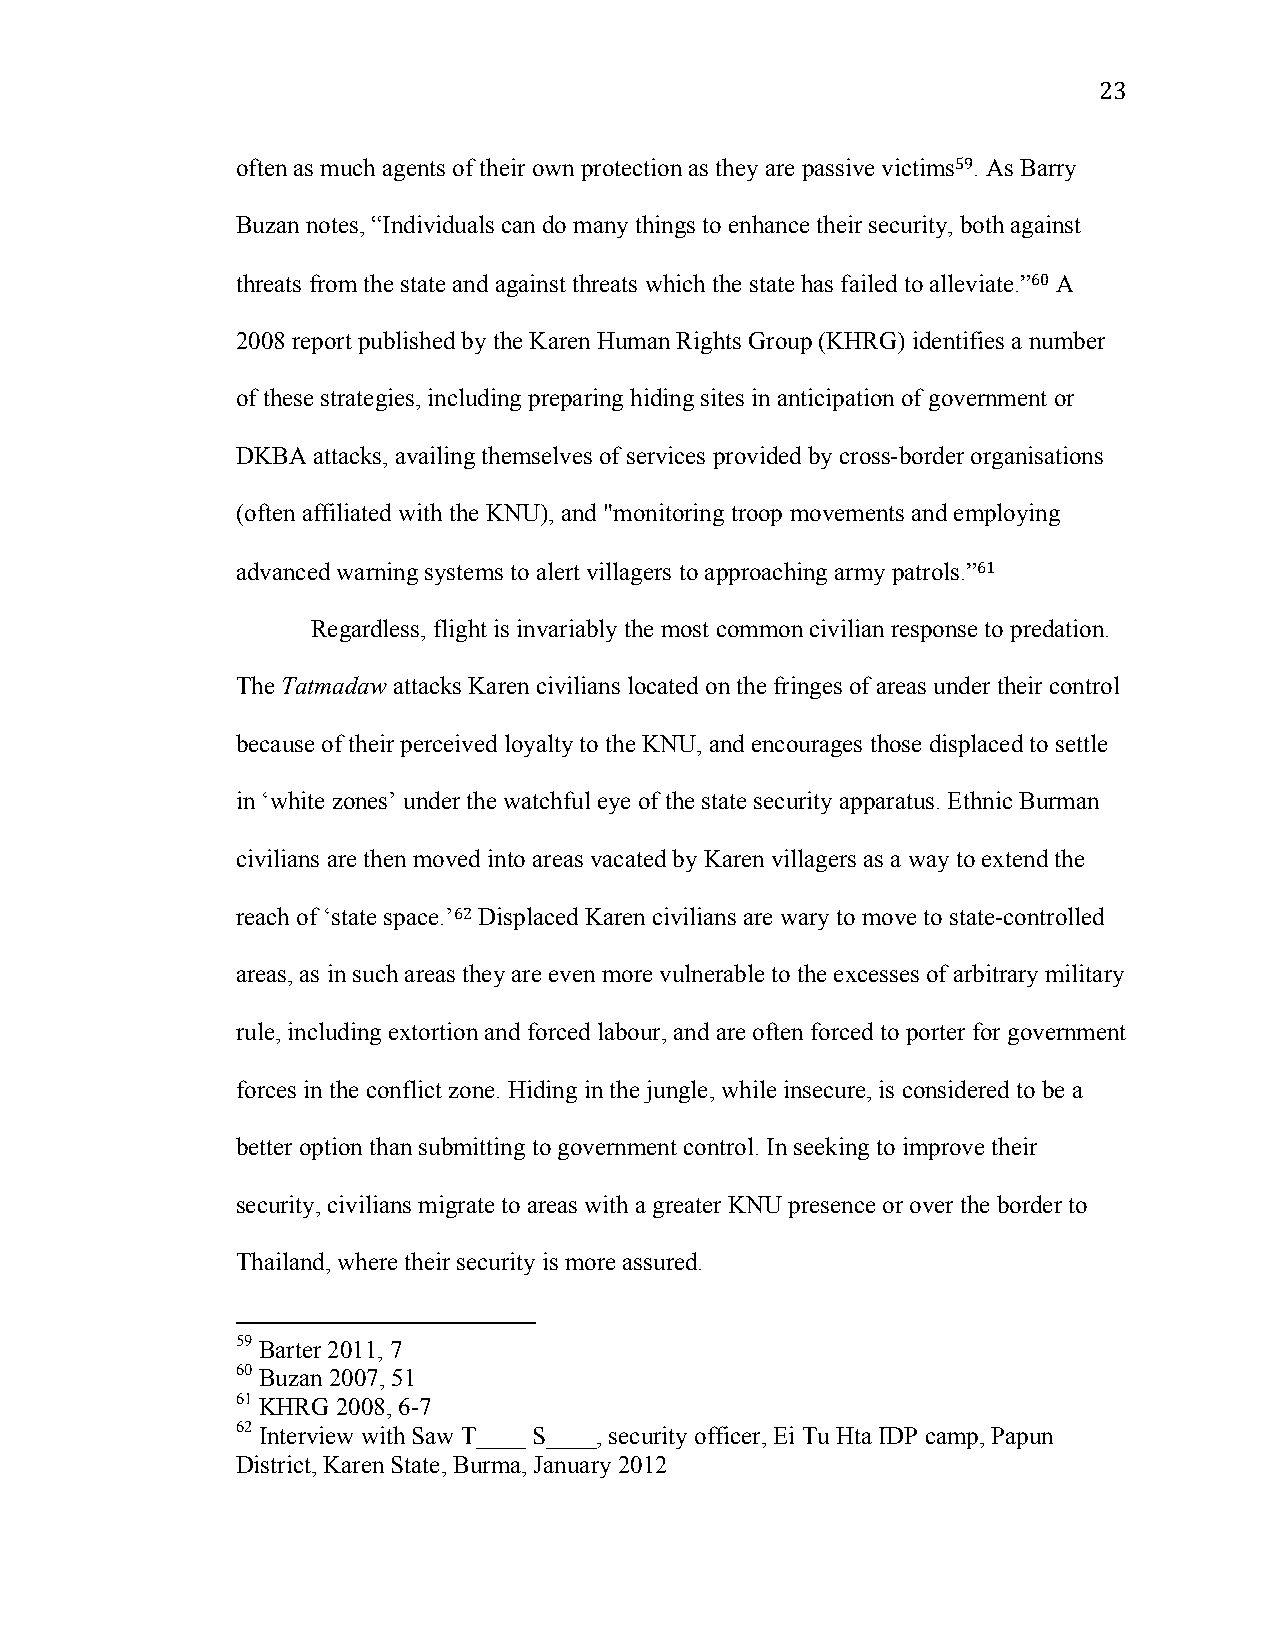
23
 often as much agents of their own protection as they are passive victims59. As Barry
 Buzan notes, “Individuals can do many things to enhance their security, both against
 threats from the state and against threats which the state has failed to alleviate.”60 A
 2008 report published by the Karen Human Rights Group (KHRG) identifies a number
 of these strategies, including preparing hiding sites in anticipation of government or
 DKBA attacks, availing themselves of services provided by cross-border organisations
 (often affiliated with the KNU), and "monitoring troop movements and employing
 advanced warning systems to alert villagers to approaching army patrols.”61
 Regardless, flight is invariably the most common civilian response to predation.
 The Tatmadaw attacks Karen civilians located on the fringes of areas under their control
 because of their perceived loyalty to the KNU, and encourages those displaced to settle
 in ‘white zones’ under the watchful eye of the state security apparatus. Ethnic Burman
 civilians are then moved into areas vacated by Karen villagers as a way to extend the
 reach of ‘state space.’62 Displaced Karen civilians are wary to move to state-controlled
 areas, as in such areas they are even more vulnerable to the excesses of arbitrary military
 rule, including extortion and forced labour, and are often forced to porter for government
 forces in the conflict zone. Hiding in the jungle, while insecure, is considered to be a
 better option than submitting to government control. In seeking to improve their
 security, civilians migrate to areas with a greater KNU presence or over the border to
 Thailand, where their security is more assured.
 59 Barter 2011, 7
 60 Buzan 2007, 51
 61 KHRG 2008, 6-7
 62 Interview with Saw T____ S____, security officer, Ei Tu Hta IDP camp, Papun
 District, Karen State, Burma, January 2012